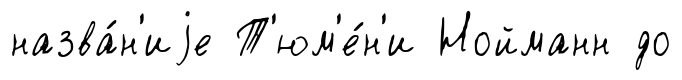
назва́н'иjе Т'юм'е́н'и Нойманн до